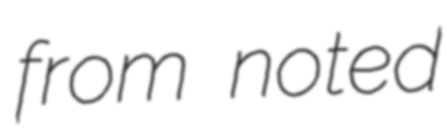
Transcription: from noted